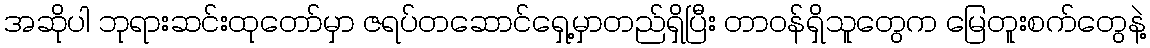
အဆိုပါ ဘုရားဆင်းထုတော်မှာ ဇရပ်တဆောင်ရှေ့မှာတည်ရှိပြီး တာဝန်ရှိသူတွေက မြေတူးစက်တွေနဲ့